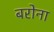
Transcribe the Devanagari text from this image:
बरोना